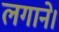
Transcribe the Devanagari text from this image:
लगाने।